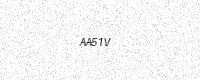
Text: AA51V